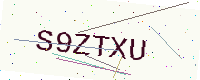
Text: S9ZTXU